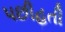
પછીહતી